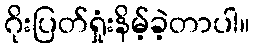
ဂိုးပြတ်ရှုံးနိမ့်ခဲ့တာပါ။